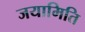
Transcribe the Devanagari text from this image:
जयामिति